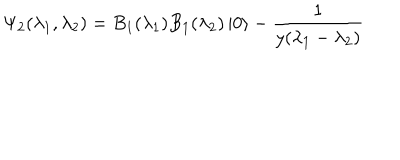
LaTeX: \Psi _ { 2 } ( \lambda _ { 1 } , \lambda _ { 2 } ) = B _ { 1 } ( \lambda _ { 1 } ) B _ { 1 } ( \lambda _ { 2 } ) \left| 0 \right\rangle - \frac { 1 } { y ( \lambda _ { 1 } - \lambda _ { 2 } ) }